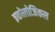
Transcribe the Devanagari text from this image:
इकोलोजिकल